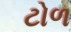
ટોળ